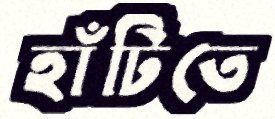
হাঁটিতে